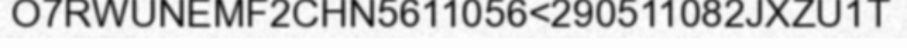
O7RWUNEMF2CHN5611056<290511082JXZU1T